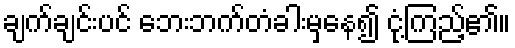
ချက်ချင်းပင် ဘေးဘက်တံခါးမှနေ၍ ငုံ့ကြည့်၏။